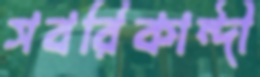
সবরিকান্দী